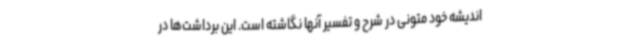
اندیشه خود متونی در شرح و تفسیر آنها نگاشته است. این برداشت‌ها در